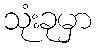
သုံးခုမှာ